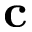
\mathbf { c }